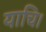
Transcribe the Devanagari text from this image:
याचि।